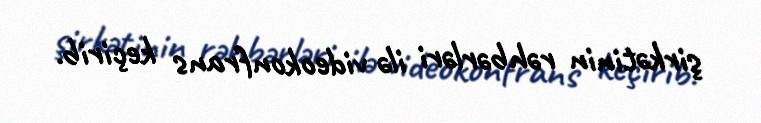
şirkətinin rəhbərləri ilə videokonfrans keçirib.